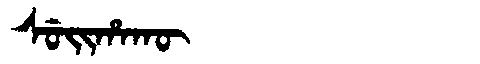
Manchu: ᠰᡠᡳᡥᠠᡴᡡ
Romanization: SUIHAKŪ